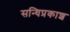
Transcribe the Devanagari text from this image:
सन्धिप्रकाश